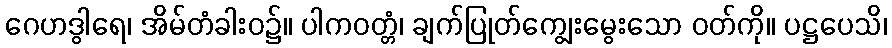
ဂေဟဒွါရေ၊ အိမ်တံခါးဝ၌။ ပါကဝတ္တံ၊ ချက်ပြုတ်ကျွေးမွေးသော ဝတ်ကို။ ပဋ္ဌပေသိ၊